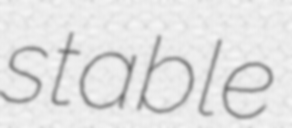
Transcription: stable